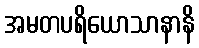
အမတပရိယောသာနာနိ